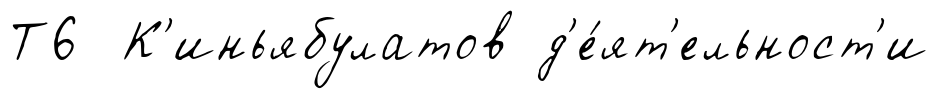
Т6 К'иньябулатов д'е́ят'ельност'и